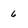
Character: 6